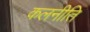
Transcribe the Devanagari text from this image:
कलनीति